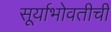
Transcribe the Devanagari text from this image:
सूर्याभोवतीची